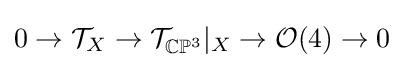
0\to {\mathcal {T}}_{X}\to {\mathcal {T}}_{\mathbb {CP} ^{3}}|_{X}\to {\mathcal {O}}(4)\to 0